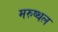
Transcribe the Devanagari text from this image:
मरुष्थल